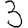
Digit: 3